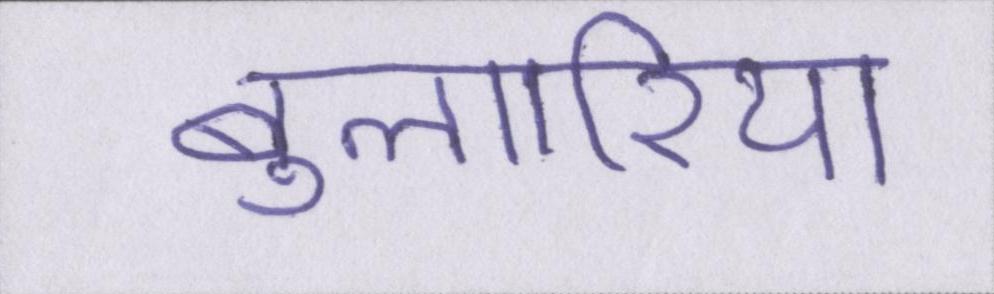
बुल्गारिया